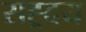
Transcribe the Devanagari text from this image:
सह्र्दय